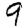
Digit: 9